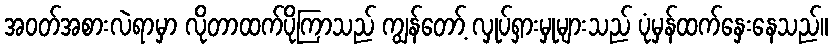
အဝတ်အစားလဲရာမှာ လိုတာထက်ပိုကြာသည် ကျွန်တော့် လှုပ်ရှားမှုများသည် ပုံမှန်ထက်နှေးနေသည်။